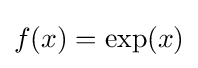
f(x)=\exp(x)